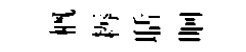
概耨聒晌